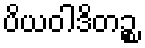
ပိယဝါဒိတဉ္စ